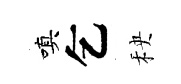
嗔乞秧